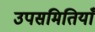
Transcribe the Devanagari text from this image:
उपसमितियाँ